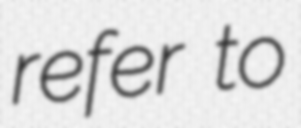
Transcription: refer to